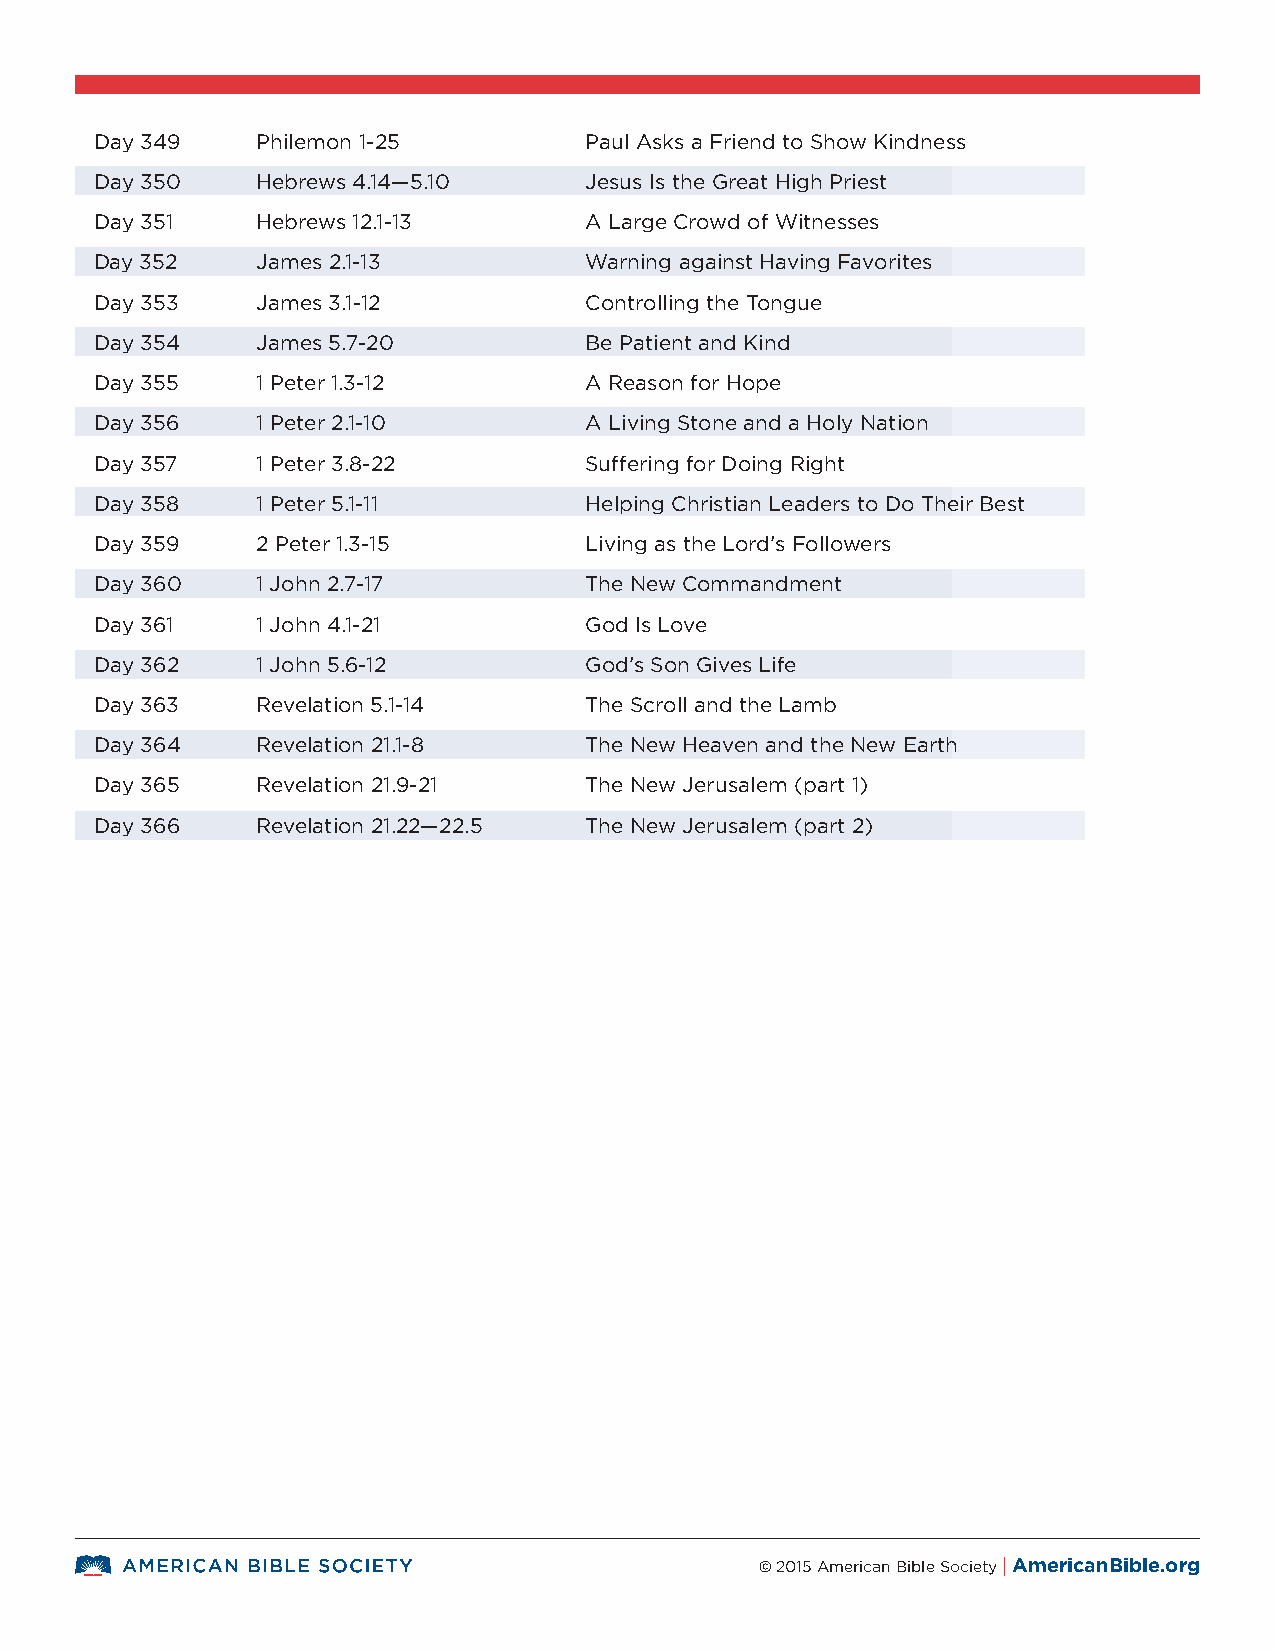
Day 349    Philemon 1-25         Paul Asks a Friend to Show Kindness
 Day 350    Hebrews 4.14—5.10     Jesus Is the Great High Priest
 Day 351    Hebrews 12.1-13       A Large Crowd of Witnesses
 Day 352    James 2.1-13          Warning against Having Favorites
 Day 353    James 3.1-12          Controlling the Tongue
 Day 354    James 5.7-20          Be Patient and Kind
 Day 355    1 Peter 1.3-12        A Reason for Hope
 Day 356    1 Peter 2.1-10        A Living Stone and a Holy Nation
 Day 357    1 Peter 3.8-22        Suffering for Doing Right
 Day 358    1 Peter 5.1-11        Helping Christian Leaders to Do Their Best
 Day 359    2 Peter 1.3-15        Living as the Lord’s Followers
 Day 360    1 John 2.7-17         The New Commandment
 Day 361    1 John 4.1-21         God Is Love
 Day 362    1 John 5.6-12         God’s Son Gives Life
 Day 363    Revelation 5.1-14     The Scroll and the Lamb
 Day 364    Revelation 21.1-8     The New Heaven and the New Earth
 Day 365    Revelation 21.9-21    The New Jerusalem (part 1)
 Day 366    Revelation 21.22—22.5 The New Jerusalem (part 2)
 © 2015 American Bible Society | AmericanBible.org